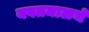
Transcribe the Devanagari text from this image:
यवतमाळचे